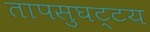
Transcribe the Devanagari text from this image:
तापसुघट्टय